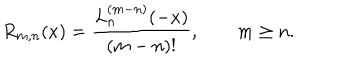
R _ { m , n } ( x ) = \frac { L _ { n } ^ { ( m - n ) } ( - x ) } { ( m - n ) ! } , \qquad m \ge n .